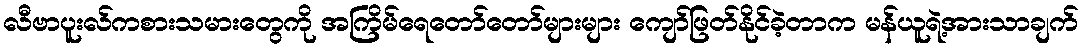
လီဗာပူးလ်ကစားသမားတွေကို အကြိမ်ရေတော်တော်များများ ကျော်ဖြတ်နိုင်ခဲ့တာက မန်ယူရဲ့အားသာချက်